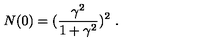
N ( 0 ) = ( \frac { \gamma ^ { 2 } } { 1 + \gamma ^ { 2 } } ) ^ { 2 } \ .